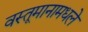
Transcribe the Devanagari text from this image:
वस्तूमानामधले